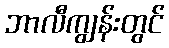
ဘာလီကျွန်းတွင်